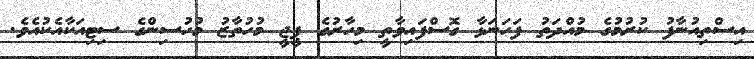
އިސްތިއުނާފު ކުރުމުގެ މުއްދަތު ފަހަނަޅާ ގޮސްފައިވާތީ މިހާރުގެ ޕީޖީ މުހުތާޒު މުހުސިންގެ ސިޓިއަކާއެކުއެވެ.